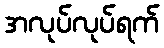
အလုပ်လုပ်ရက်